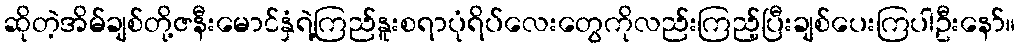
ဆိုတဲ့အိမ်ချစ်တို့ဇနီးမောင်နှံရဲ့ကြည်နူးစရာပုံရိပ်လေးတွေကိုလည်းကြည့်ပြီးချစ်ပေးကြပါဦးနော်။